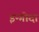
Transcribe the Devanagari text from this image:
इन्गोदा